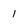
Character: 1